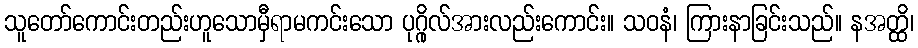
သူတော်ကောင်းတည်းဟူသောမှီရာမကင်းသော ပုဂ္ဂိုလ်အားလည်းကောင်း။ သဝနံ၊ ကြားနာခြင်းသည်။ နအတ္ထိ၊